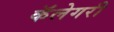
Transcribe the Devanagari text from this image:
कॅलेगरी